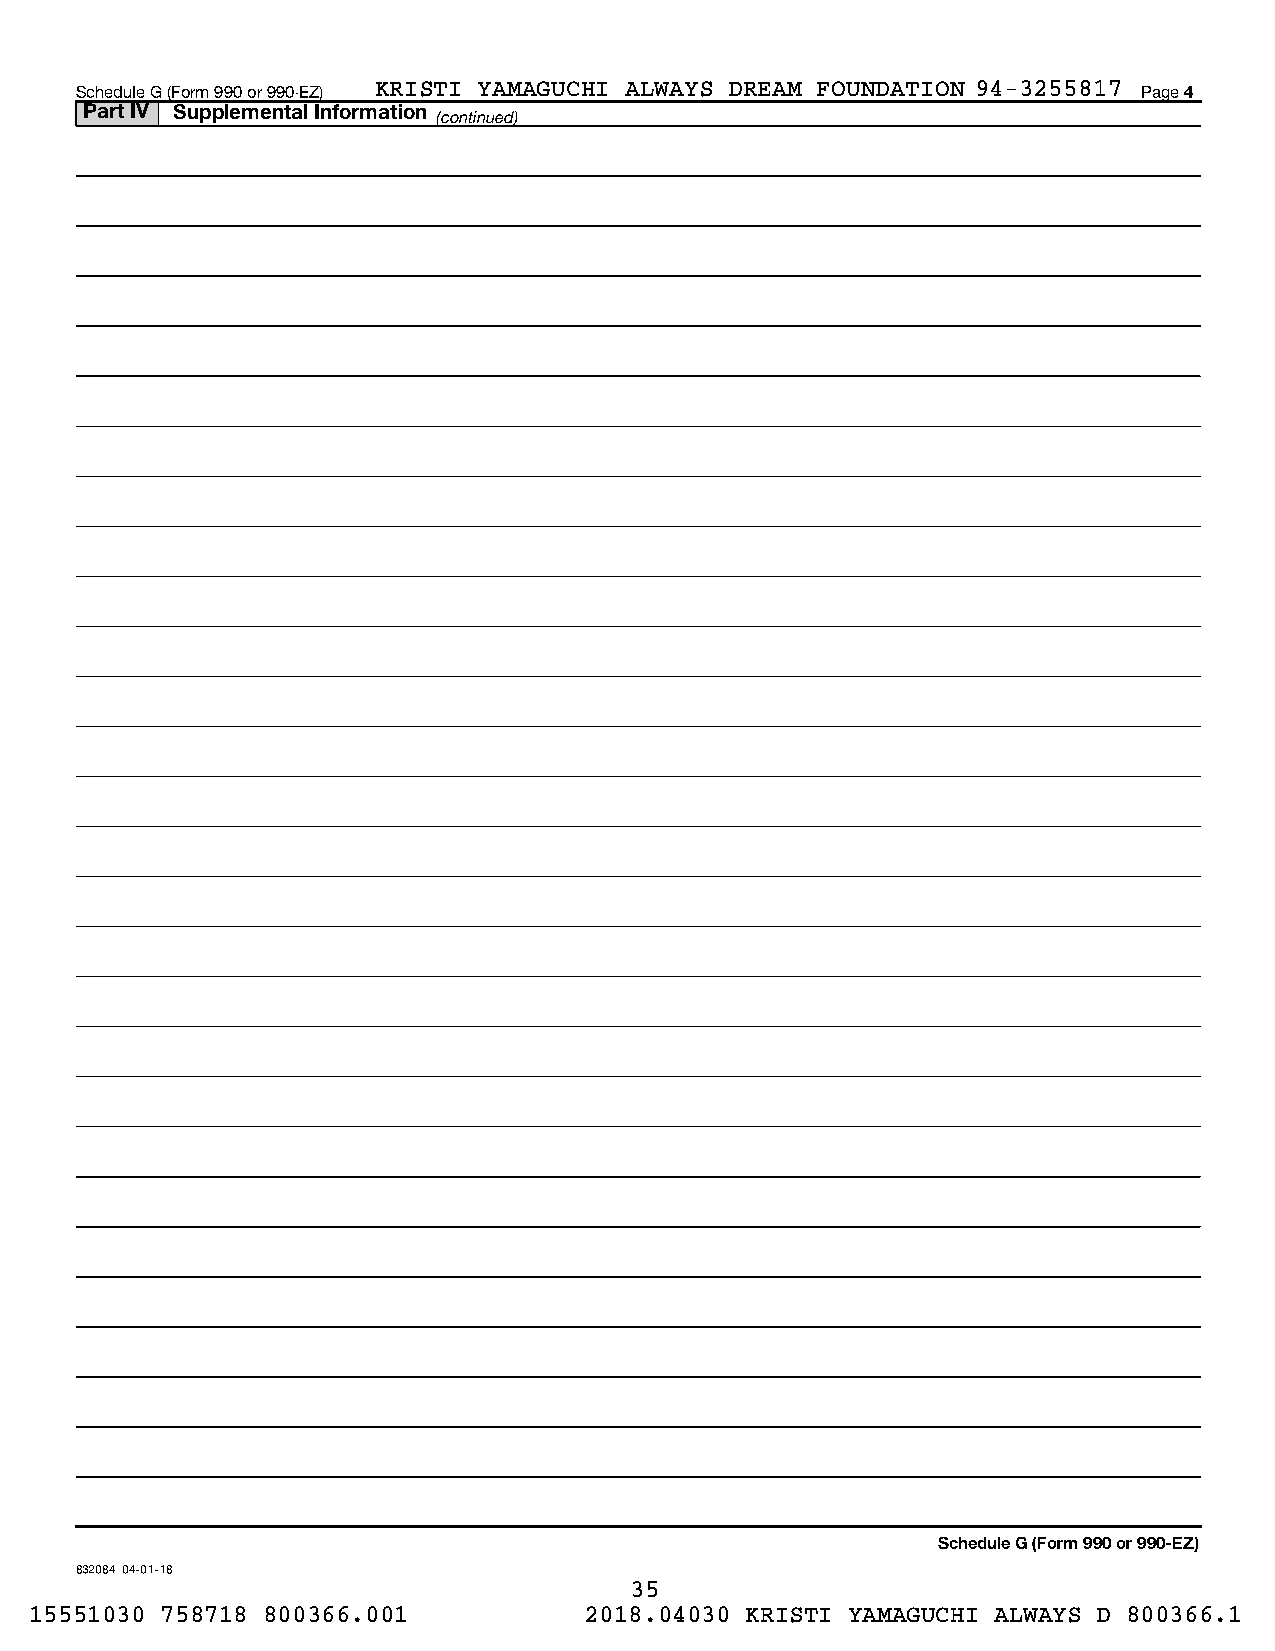
Schedule G (Form 990 or 990-EZ) KRISTI YAMAGUCHI ALWAYS DREAM FOUNDATION 94-3255817 Page 4
 Part IV Supplemental Information
 (continued)
 Schedule G (Form 990 or 990-EZ)
 832084 04-01-18
 35
 15551030 758718 800366.001           2018.04030 KRISTI YAMAGUCHI ALWAYS D 800366.1